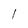
Character: l